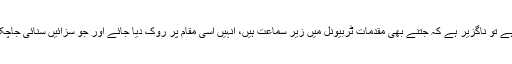
اگر انصاف کے تمام تقاضوں کو نبھانا ہے تو ناگزیر ہے کہ جتنے بھی مقدمات ٹربیونل میں زیر سماعت ہیں، اُنہیں اِسی مقام پر روک دیا جائے اور جو سزائیں سُنائی جاچکی ہیں، اُن پر عمل بھی روک دیا جائے۔